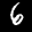
Label: 6